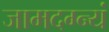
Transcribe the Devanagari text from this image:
जामदग्न्यं